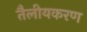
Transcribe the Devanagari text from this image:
तैलीयकरण